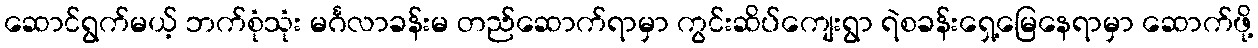
ဆောင်ရွက်မယ့် ဘက်စုံသုံး မင်္ဂလာခန်းမ တည်ဆောက်ရာမှာ ကွင်းဆိပ်ကျေးရွာ ရဲစခန်းရှေ့မြေနေရာမှာ ဆောက်ဖို့